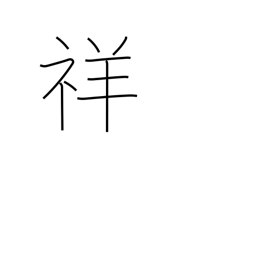
Meaning: auspicious